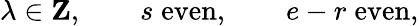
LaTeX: \lambda\in{\mathbf Z},\qquad s\; \mathrm{even},\qquad e-r\; \mathrm{even},